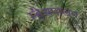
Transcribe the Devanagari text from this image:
म्हैसपालन